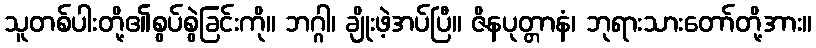
သူတစ်ပါးတို့၏စွပ်စွဲခြင်းကို။ ဘဂ္ဂါ၊ ချိုးဖဲ့အပ်ပြီ။ ဇိနပုတ္တာနံ၊ ဘုရားသားတော်တို့အား။